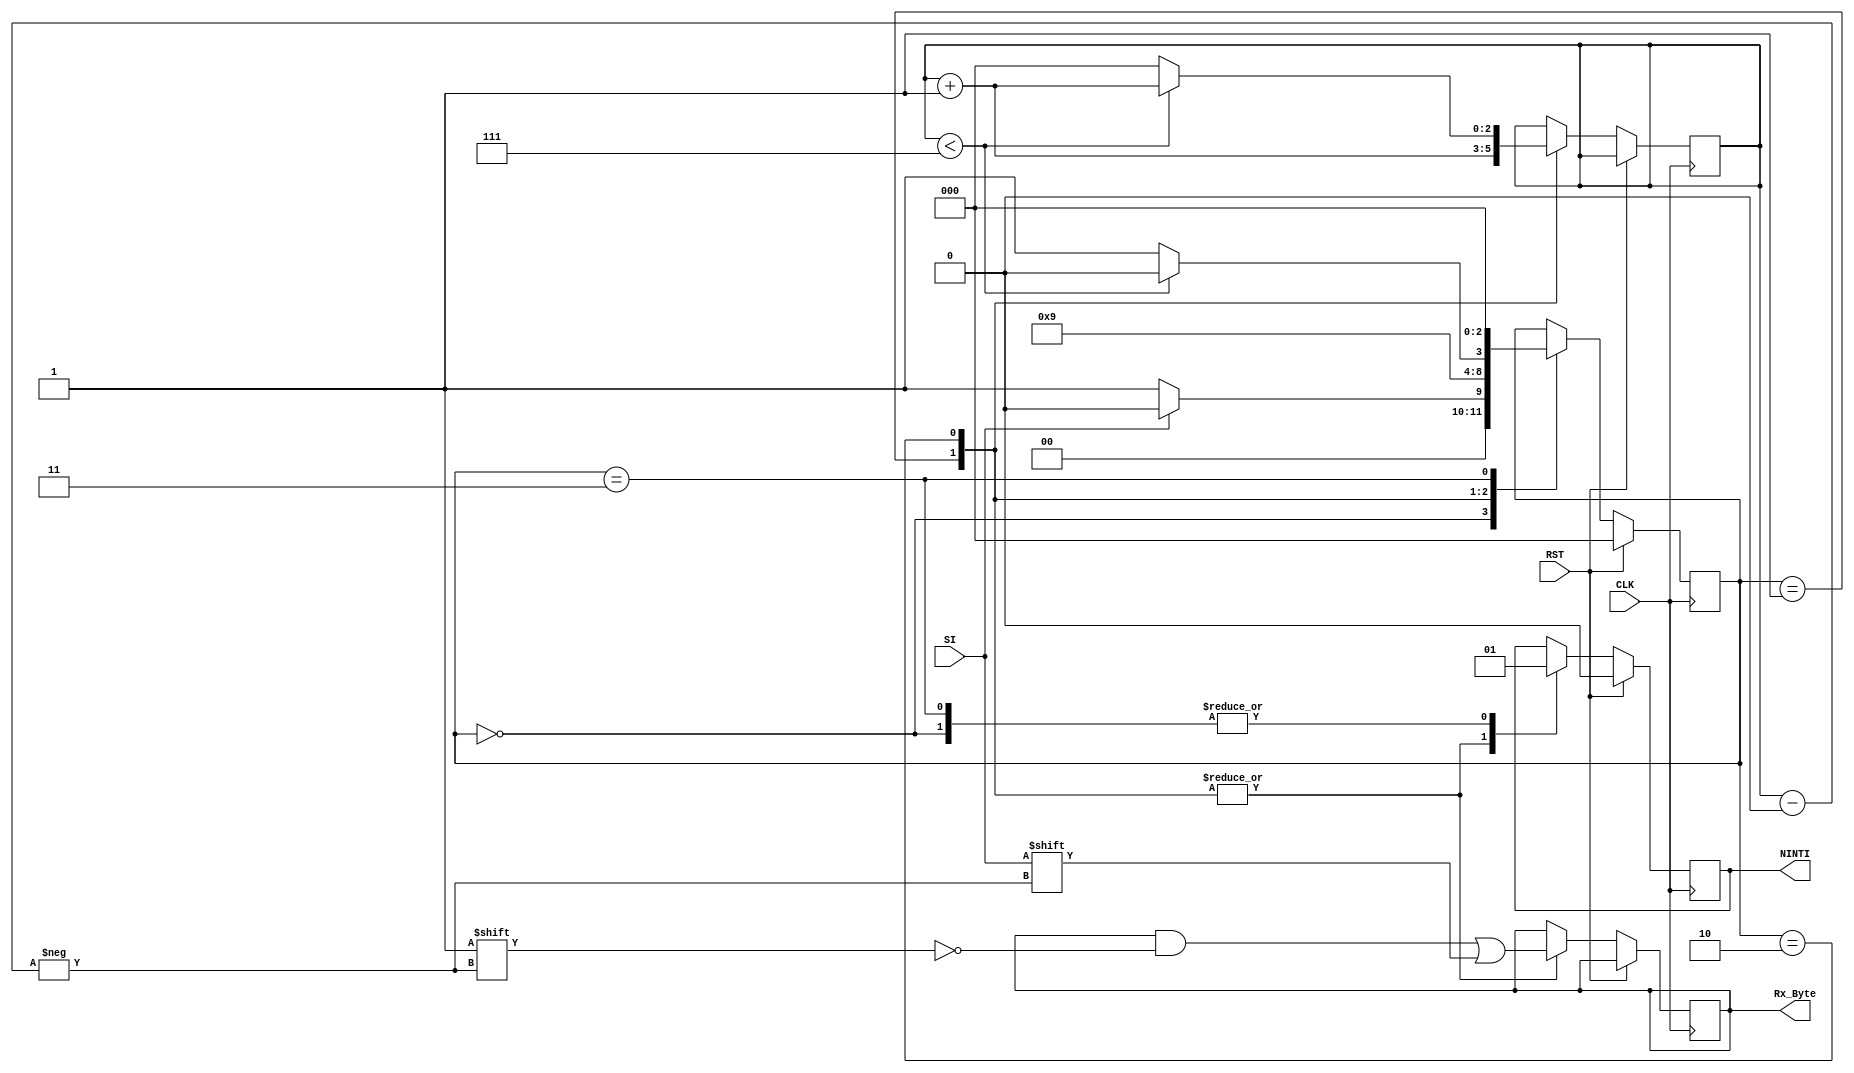
module uart_rx(CLK,RST,SI,Rx_Byte, NINTI); 
input  CLK,RST, SI;
output reg [7:0] Rx_Byte;
output reg  NINTI; 

parameter IDLE = 3'b000;
parameter START_BIT = 3'b001; 
parameter RECV_BIT = 3'b010;
parameter STOP_BIT = 3'b011; 

parameter CLK_FREQ = 50000000;
parameter BAUD_RATE = 115200;

localparam CLKS_FOR_SEND = CLK_FREQ / BAUD_RATE;
localparam CLKS_FOR_RECV = CLKS_FOR_SEND / 2;

reg [2:0]state = 0; 
//reg [7:0]One_Byte = 0; // register for save data from input 
reg [2:0]Bit_Index = 0; 
reg [$clog2(CLKS_FOR_SEND)-1:0] tx_clk_count=0;


always @(posedge CLK)
 begin 
  if (RST) 
			begin 
			state <= IDLE;
			NINTI <= 1'b0;
			end
  else 
   begin 
	 case (state)
	  IDLE: // IDLE
	    begin
		   if (SI==1'b0) 
		   begin 
		   NINTI <= 1'b1;
		   state <= START_BIT; 
			end 
	     else 
		   begin 
			 NINTI <= 1'b1;
		    state <= IDLE; 
	      end	
	   end 
	  START_BIT: // REcieving the start bit ("0"), NINTI becomes low.  
	    begin 
		  NINTI <= 1'b0;		  
		  state <= RECV_BIT; 
		  Rx_Byte[Bit_Index] <= SI;
		  Bit_Index = Bit_Index + 1;
	    end 	
	  RECV_BIT: // Reception: Recieving 8 bits data
	    begin 
		  NINTI <= 1'b0;
		  Rx_Byte[Bit_Index] <= SI; // Bit_Index = (0 - 7) 000 to 111
		 
		  //sending 8 bits
		  if (Bit_Index < 7) 
		   begin
		    Bit_Index = Bit_Index + 1;
			 state <= RECV_BIT; 
	      end 	
		  else 
		   begin 
			 Bit_Index = 0; 
			 state <= STOP_BIT; 
			end 
		  
		 end 
	  STOP_BIT: // sending stop bit ("1") 
	   begin 
		 NINTI <= 1'b1; 
		 state <= IDLE; 
		end 
	
	 endcase
	end 
 end 
endmodule